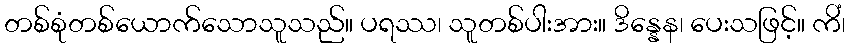
တစ်စုံတစ်ယောက်သောသူသည်။ ပရဿ၊ သူတစ်ပါးအား။ ဒိန္နေန၊ ပေးသဖြင့်။ ကိံ၊